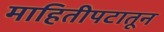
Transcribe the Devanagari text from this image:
माहितीपटातून